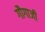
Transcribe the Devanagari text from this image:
गौगाजी